Annual administration report of the Civil Veterinary Department of India - 1897-1898
Year: 1897
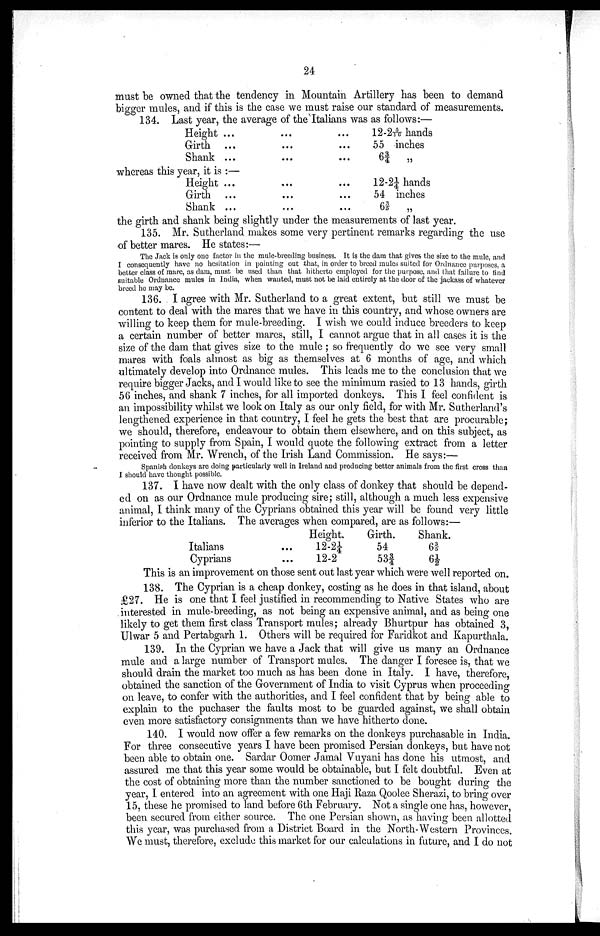
24
must be owned that the tendency in Mountain Artillery has been to demand
bigger mules, and if this is the case we must raise our standard of measurements.
134. Last year, the average of the Italians was as follows:—
Height ...
Girth ...
Shank ...
whereas this year, it is :—
Height ...
Girth ...
Shank ...
...
...
...
...
...
...
12-2 5/16 hands
55 inches
... 6¾ „
... 12-2¼ hands
54 inches
... 63/5 „
the girth and shank being slightly under the measurements of last year.
135. Mr. Sutherland makes some very pertinent remarks regarding the use
of better mares. He states:—
The Jack is only one factor in the mule-breeding business. It is the dam that gives the size to the mule, and
I consequently have no hesitation in pointing out that, in order to breed mules suited for Ordnance purposes, a
better class of mare, as dam, must be used than that hitherto employed for the purpose, and that failure to find
suitable Ordnance mules in India, when wanted, must not be laid entirely at the door of the jackass of whatever
breed he may be.
136. I agree with Mr. Sutherland to a great extent, but still we must be
content to deal with the mares that we have in this country, and whose owners are
willing to keep them for mule-breeding. I wish we could induce breeders to keep
a certain number of better mares, still, I cannot argue that in all cases it is the
size of the dam that gives size to the mule ; so frequently do we see very small
mares with foals almost as big as themselves at 6 months of age, and which
ultimately develop into Ordnance mules. This leads me to the conclusion that we
require bigger Jacks, and I would like to see the minimum rasied to 13 hands, girth
56 inches, and shank 7 inches, for all imported donkeys. This I feel confident is
an impossibility whilst we look on Italy as our only field, for with Mr. Sutherland's
lengthened experience in that country, I feel he gets the best that are procurable;
we should, therefore, endeavour to obtain them elsewhere, and on this subject, as
pointing to supply from Spain, I would quote the following extract from a letter
received from Mr. Wrench, of the Irish Land Commission. He says:—
Spanish donkeys are doing particularly well in Ireland and producing better animals from the first cross than
I should have thought possible.
137. I have now dealt with the only class of donkey that should be depend-
ed on as our Ordnance mule producing sire; still, although a much less expensive
animal, I think many of the Cyprians obtained this year will be found very little
inferior to the Italians. The averages when compared, are as follows:—
Italians
Cyprians
Height.
... 12-2¼
... 12-2
Girth.
54
53¾
Shank.
63/5
6½
This is an improvement on those sent out last year which were well reported on.
138. The Cyprian is a cheap donkey, costing as he does in that island, about
£27. He is one that I feel justified in recommending to Native States who are
interested in mule-breeding, as not being an expensive animal, and as being one
likely to get them first class Transport mules; already Bhurtpur has obtained 3,
Ulwar 5 and Pertabgarh 1. Others will be required for Faridkot and Kapurthala.
139. In the Cyprian we have a Jack that will give us many an Ordnance
mule and a large number of Transport mules. The danger I foresee is, that we
should drain the market too much as has been done in Italy. I have, therefore,
obtained the sanction of the Government of India to visit Cyprus when proceeding
on leave, to confer with the authorities, and I feel confident that by being able to
explain to the puchaser the faults most to be guarded against, we shall obtain
even more satisfactory consignments than we have hitherto done.
140. I would now offer a few remarks on the donkeys purchasable in India.
For three consecutive years I have been promised Persian donkeys, but have not
been able to obtain one. Sardar Oomer Jamal Vuyani has done his utmost, and
assured me that this year some would be obtainable, but I felt doubtful. Even at
the cost of obtaining more than the number sanctioned to be bought during the
year, I entered into an agreement with one Haji Raza Qoolee Sherazi, to bring over
15, these he promised to land before 6th February. Not a single one has, however,
been secured from either source. The one Persian shown, as having been allotted
this year, was purchased from a District Board in the North-Western Provinces.
We must, therefore, exclude this market for our calculations in future, and I do not